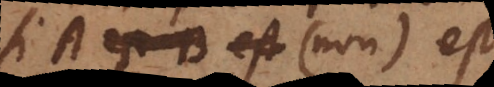
si A est B tunc C est